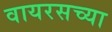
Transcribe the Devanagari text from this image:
वायरसच्या